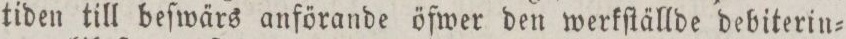
tiden till beſwärs anförande öfwer den werkſtällde debiterin=